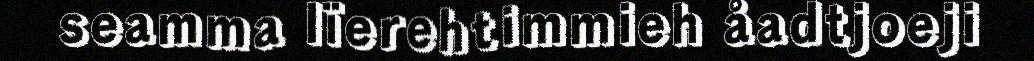
seamma lïerehtimmieh åadtjoeji